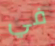
في